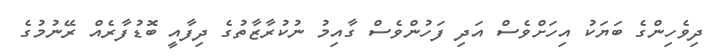
ދިވެހިންގެ ބަޔަކު އިހަށްވެސް އަދި ފަހުންވެސް ގާއިމު ނުކުރާޒާތުގެ ދިފާއީ ބޮޑުފާރެއް ރޭނުމުގެ